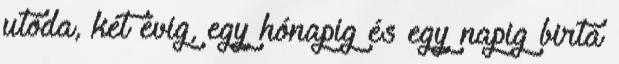
utóda, két évig, egy hónapig és egy napig birta